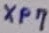
Text: XP7